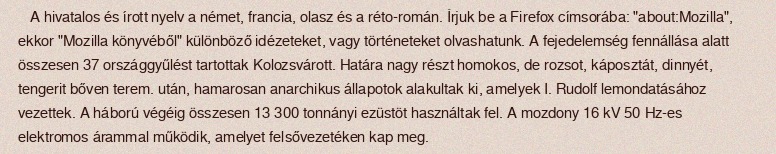
A hivatalos és írott nyelv a német, francia, olasz és a réto-román. Írjuk be a Firefox címsorába: "about:Mozilla", ekkor "Mozilla könyvéből" különböző idézeteket, vagy történeteket olvashatunk. A fejedelemség fennállása alatt összesen 37 országgyűlést tartottak Kolozsvárott. Határa nagy részt homokos, de rozsot, káposztát, dinnyét, tengerit bőven terem. után, hamarosan anarchikus állapotok alakultak ki, amelyek I. Rudolf lemondatásához vezettek. A háború végéig összesen 13 300 tonnányi ezüstöt használtak fel. A mozdony 16 kV 50 Hz-es elektromos árammal működik, amelyet felsővezetéken kap meg.